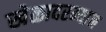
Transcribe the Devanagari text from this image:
खेळादरम्यान